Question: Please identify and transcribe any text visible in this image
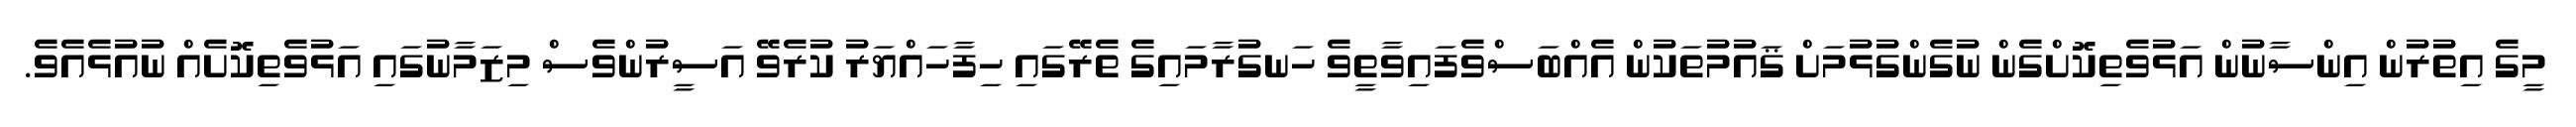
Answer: މީގެ އިތުރުން އިންސާނުން އަޅުވެތިކޮށްގެން ނުގެންގުޅުމަށް ޤައުމުތަކުން އެއްބަސްވެފައިވާތީވެ ހަނގުރާމައިގެ ތެރޭގައި ހިފާހައްޔަރު ކުރެވޭ އަސީރުންވެސް މިޒަމާނުގައި އަޅުވެތިކޮށެއް ނުއުޅެއެވެ.